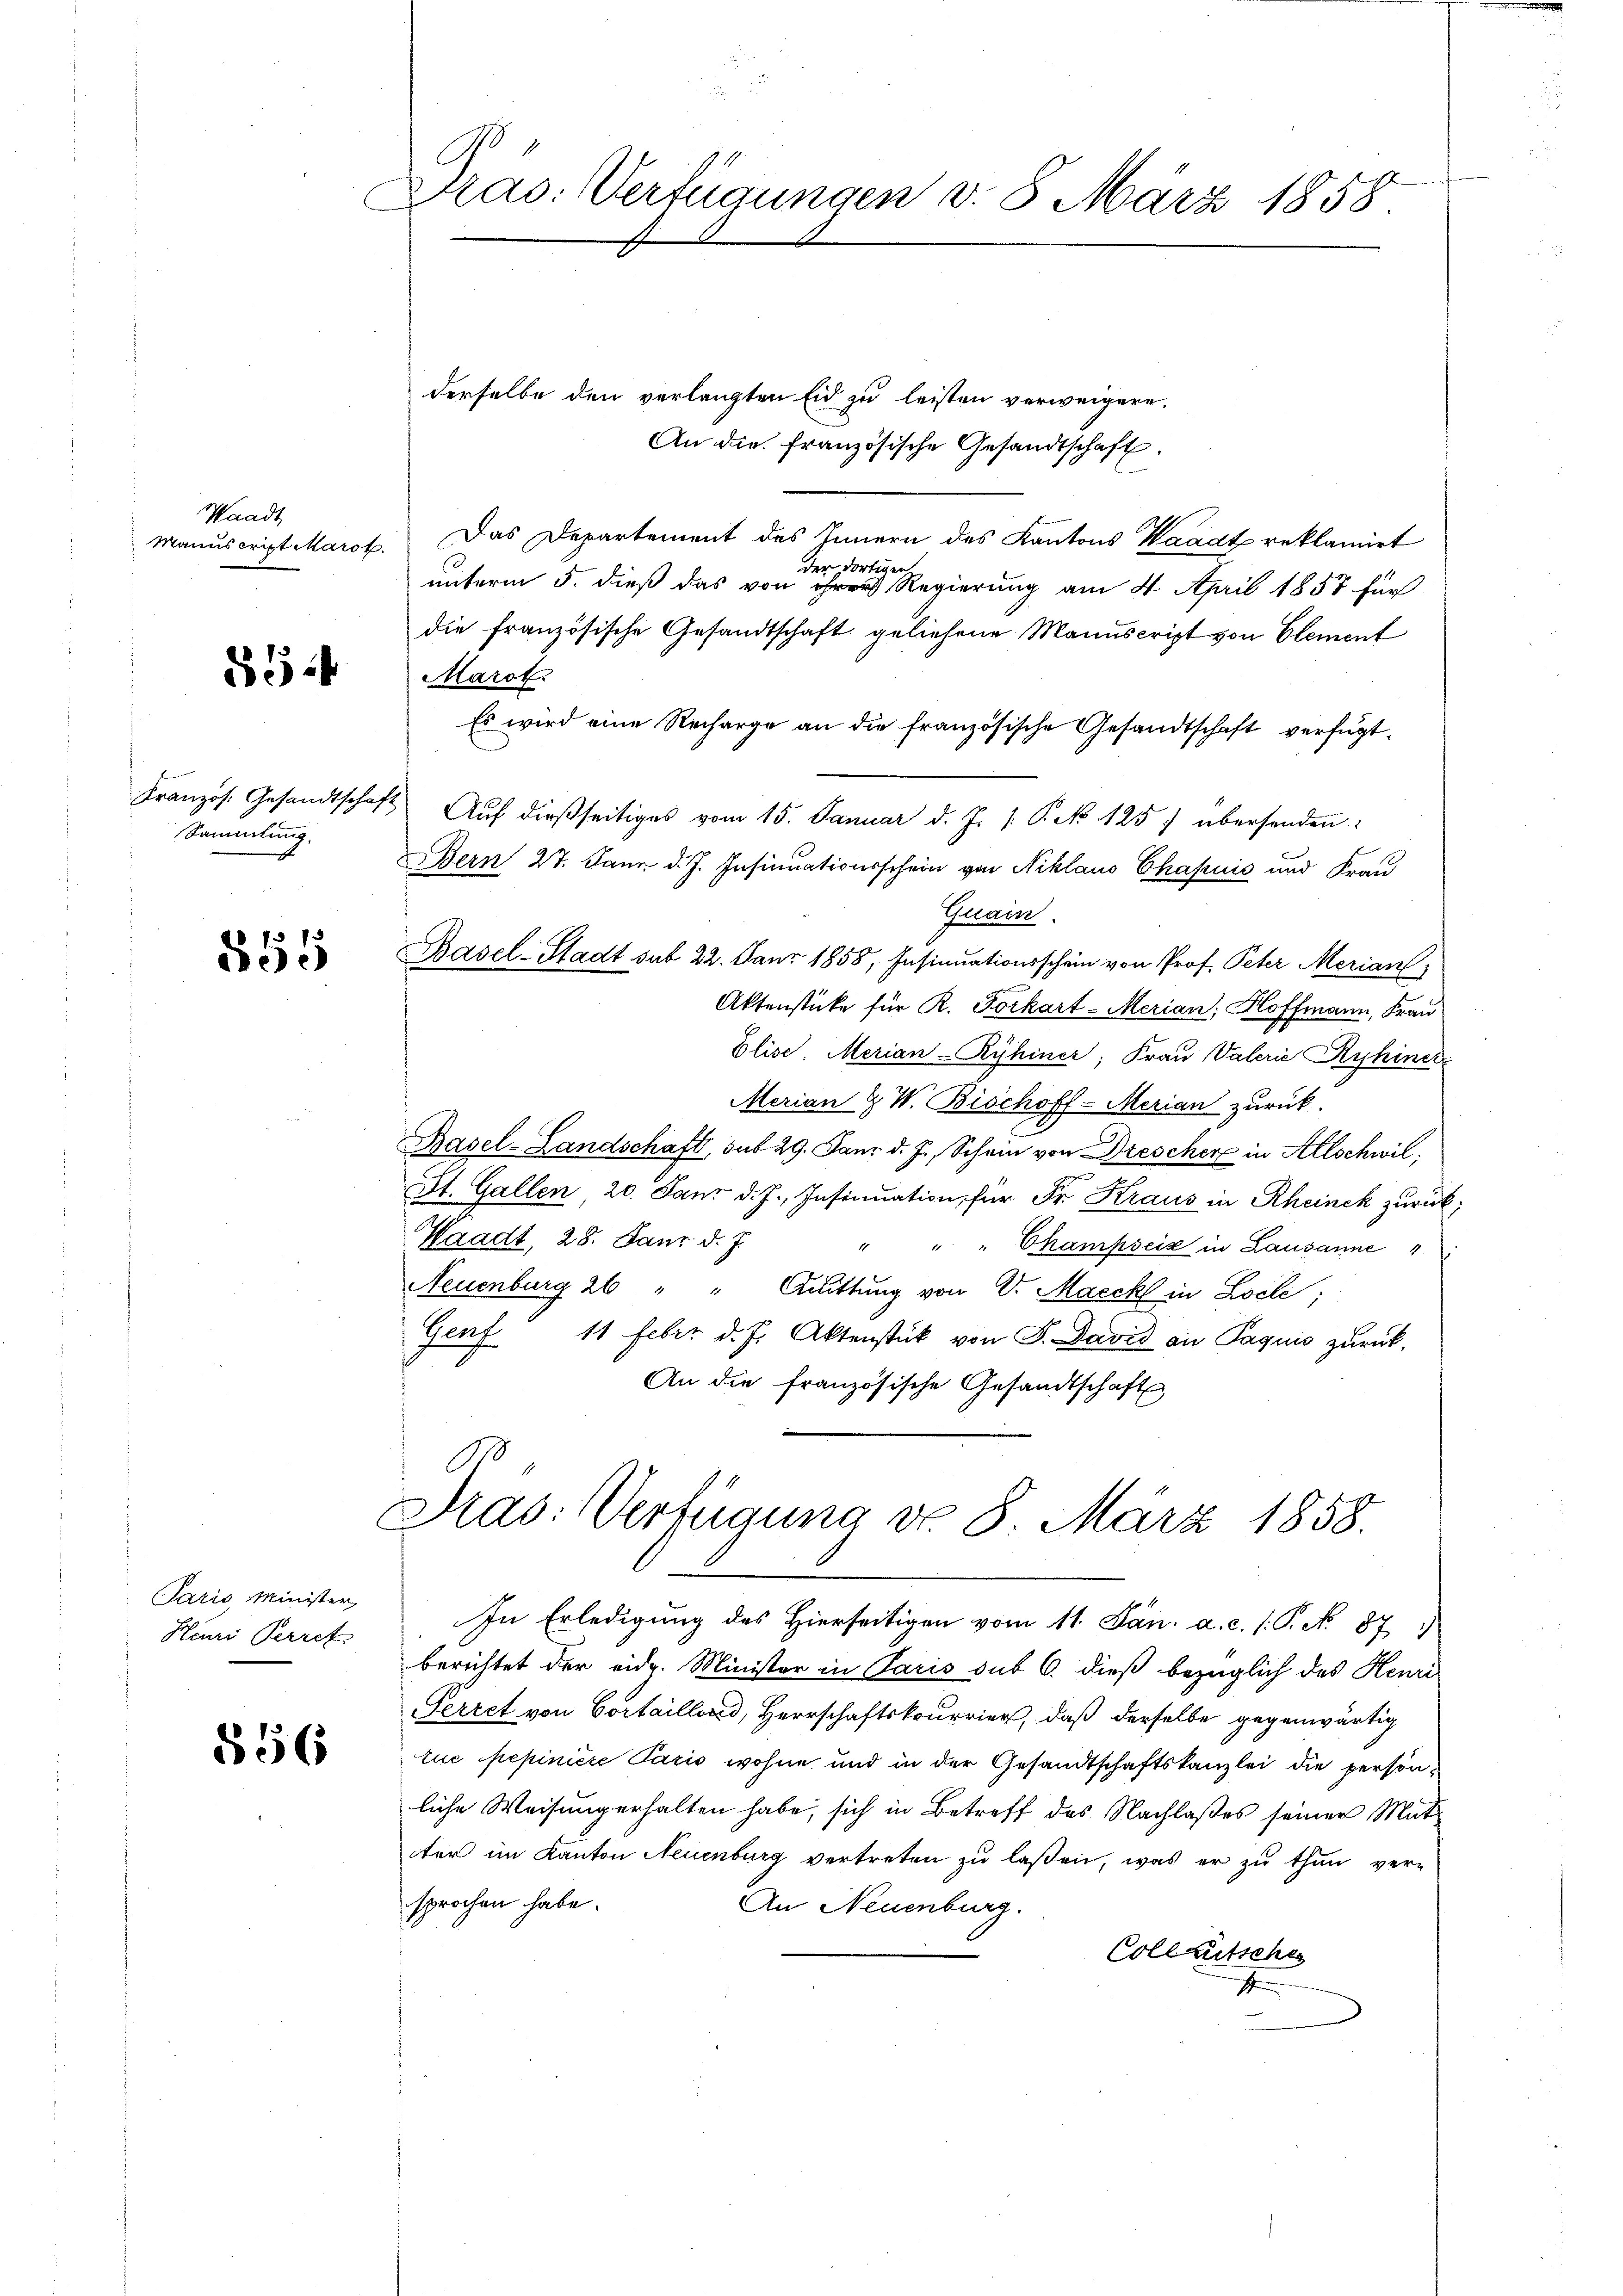
Waadt
Manuscript Marok

554

Sammlung.

555

Paris Minister,
Henri Perret

556

Dras. Verfügungen v. 8. März 1858

derselbe den verlangten Eid zu leisten verweigere,
An die französische Gesandtschaft.
Das Departement des Innern des Kantons Waadt reklamirt
der dortiger
unterm 5. dieß das von ihrer Regierung am 4. April 1857 für
die französische Gesandtschaft geliehene Manuscript von Element
Marot.
Es wird eine Recharge an die französische Gesandtschaft verfügt
Kranzös. Gesandtschaft. Aŭf dießseitiges vom 15. Januar d. J. /: P. No 1257 übersenden:
Bern 27. Jann d. J. Insinuationsschein von Niklaus Chapuis und Frau
Guain.
Basel-Stadt sub 22. Janr 1858, Insinuationsschein von Prof. Peter Merian
Aktenstücke für R. Forkart-Merian, Hoffmann, Frau
Elise Merian-Ryhiner, Frau Valerie Ryhinei
Merian & W. Bischoff-Merian zurück.
Basel-Landschaft, sub 29. Paur d. J. Schein von Drescher in Allschwil¬
St. Gallen 20. Janr d. J., Insinuation für Fr. Kraus in Rheinek zurück,
Waadt, 28. Janr d. J.
" " " Champseiz in Lausanne 4
Neuenburg 26 " " Quittung von V. Maechl in Locle;
Genf 11 Febr. d. J. Aktenstück von F. David an Paquis zurück-
An die französische Gesandtschaft

Dras: Verfügung d. 8. März 1858.

In Erledigung des Hierseitigen vom 11. Jan. a. c. s. P. No. 87
berichtet der eidg. Minister in Paris sub 6. dieß bezüglich des Henri
Perret von Cortaillord, Herrschaftskourrier, daß derselbe gegenwärtig
lue pepiniere Paris wohne und in der Gesandtschaftskanzlei die persönliche Weisung erhalten habe, sich in Betreff des Nachlaßes seiner Mutter im Kanton Neuenburg vertreten zu laßen, was er zu thun ver-
sprochen habe.
An Neuenburg.
Collaritscher